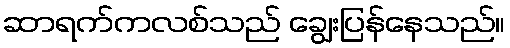
ဆာရက်ကလစ်သည် ချွေးပြန်နေသည်။